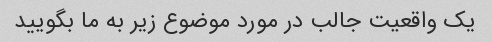
یک واقعیت جالب در مورد موضوع زیر به ما بگویید